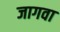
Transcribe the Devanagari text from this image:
जागवा